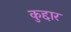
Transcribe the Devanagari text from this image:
कुद्दार